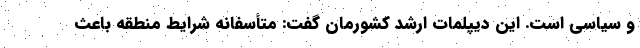
و سیاسی است. این دیپلمات ارشد کشورمان گفت: متأسفانه شرایط منطقه باعث